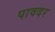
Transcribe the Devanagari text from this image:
पावदर